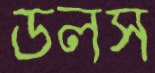
ডলস